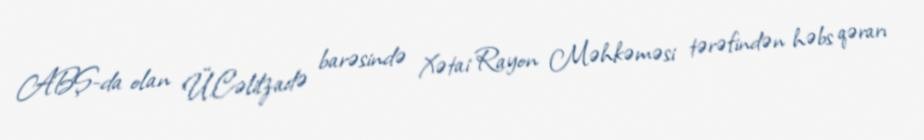
ABŞ-da olan Ü.Cəlilzadə barəsində Xətai Rayon Məhkəməsi tərəfindən həbs qərarı